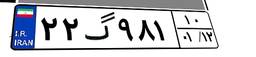
۰۴گ۲۴۰۱۹